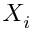
X _ { i }